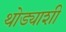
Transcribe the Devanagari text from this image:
थोड्याशी